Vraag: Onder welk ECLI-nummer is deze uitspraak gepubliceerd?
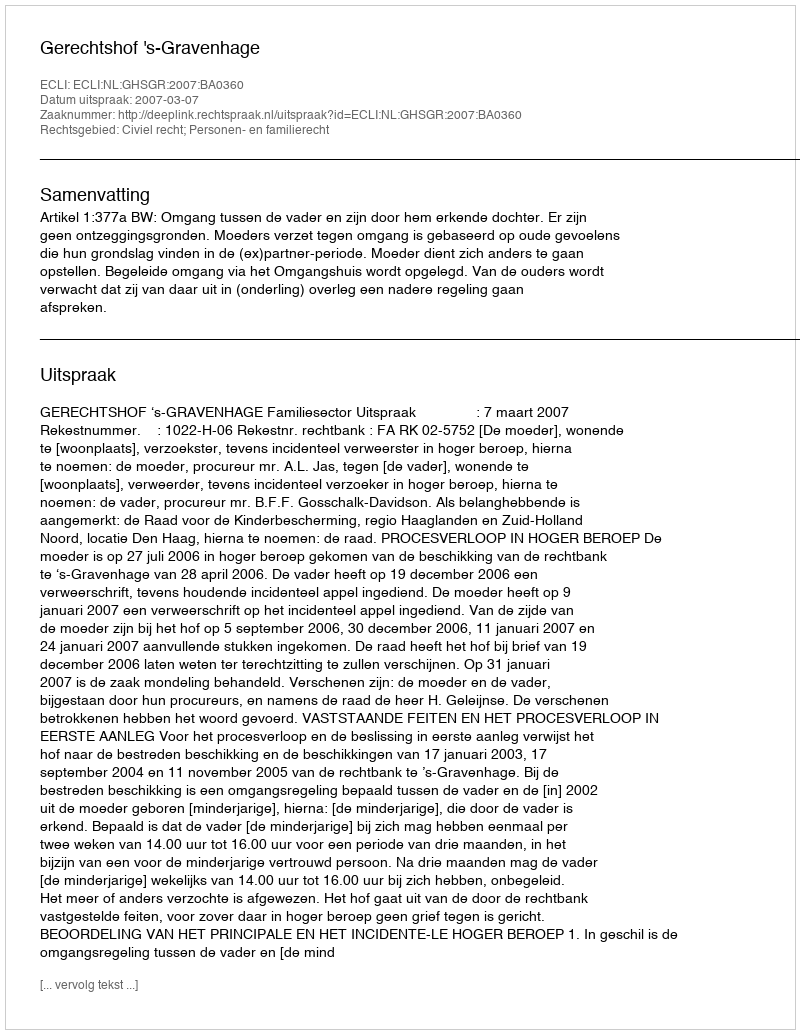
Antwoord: ECLI:NL:GHSGR:2007:BA0360